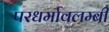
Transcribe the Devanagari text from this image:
परधर्मावलम्बी